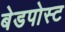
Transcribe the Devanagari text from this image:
बेडपोस्ट